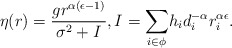
\begin{align*} \eta(r)=\frac{gr^{\alpha(\epsilon-1)}}{\sigma^2+I}, I=\underset{i \in \phi}\sum h_i d_i^{-\alpha}r_i^{\alpha\epsilon}.\end{align*}